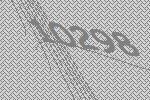
10298